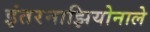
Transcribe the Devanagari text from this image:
इंतरनाझियोनाले